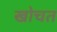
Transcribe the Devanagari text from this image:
खोचत